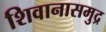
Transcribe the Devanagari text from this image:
शिवानासमुद्र